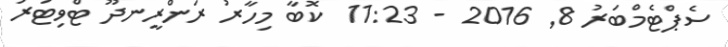
ސެޕްޓެމްބަރު 8